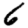
Digit: 6